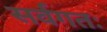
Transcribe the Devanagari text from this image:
सर्वगतः